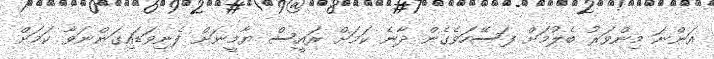
އަންނަ މިންވަރު ބެލުމަށް ފަސޭހަވެގެން ދާނެ ކަމަށް ރައީސް ޔާމީނަށް ފެނިވަޑައިގަންނަވާ ކަމަށް